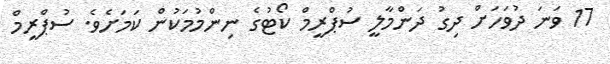
17 ވަނަ ދުވަހަށް ދިގު ދަންމާލީ ސުޕްރީމް ކޯޓުގެ ނިންމުމަކުން ކަމަށެވެ. ސުޕްރީމް